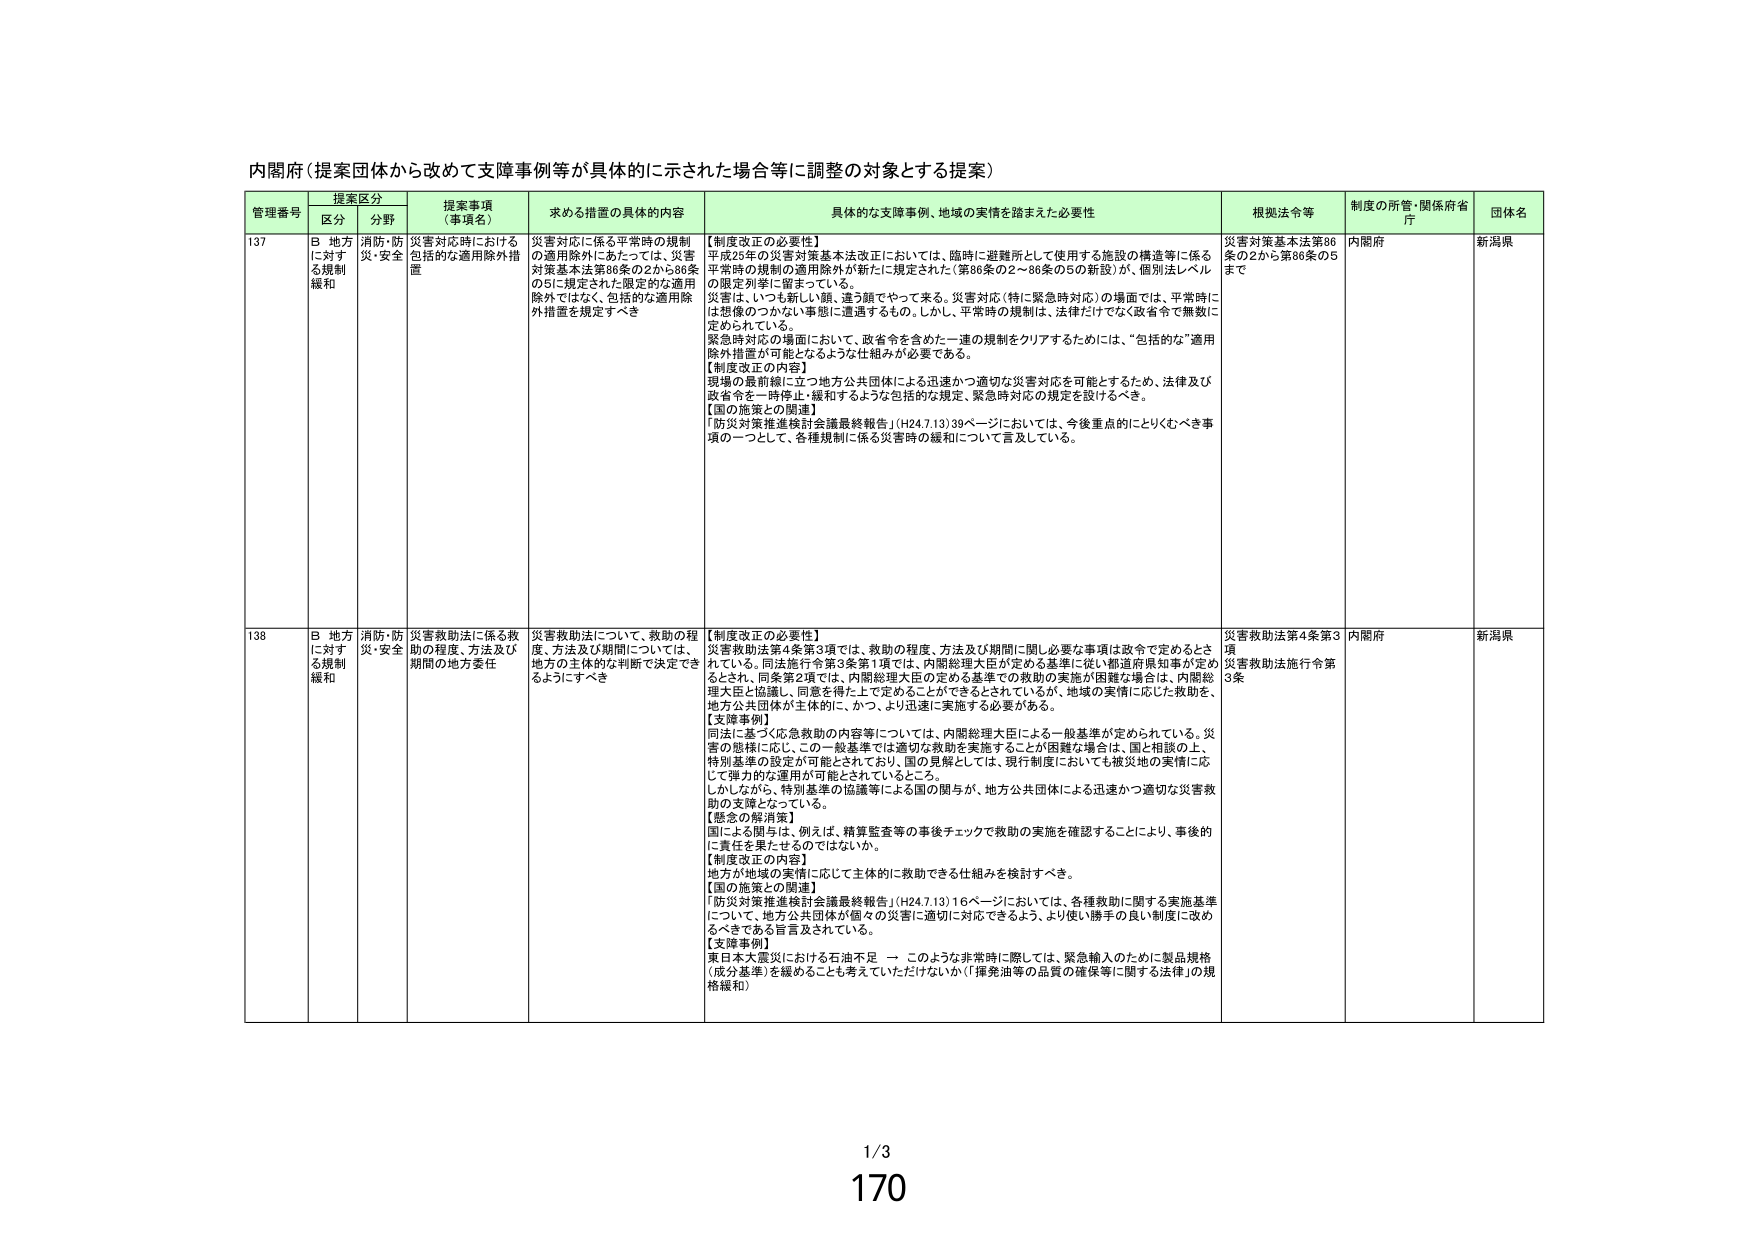
内閣府（提案団体から改めて支援事例等が具体的に示された場合等に調整の対象とする提案）

管理番号 提案区分 提案事項（事項名） 求める措置の具体的内容 具体的な支援事例、地域の実情を踏まえた必要性 根拠法令等 制度の所管・関係府省庁 団体名
区分 分野

137 B 地方に対する規制緩和 消防・防災・安全 災害対応時における包括的な適用除外措置 災害対応に係る平常時の規制の適用除外にあたっては、災害対策基本法第86条の2から86条の5に規定された限定的な適用除外ではなく、包括的な適用除外措置を規定すべき 【制度改正の必要性】
平成28年の災害対策基本法改正においては、臨時に避難所として使用する施設の構造等に係る平常時の規制の適用除外が新たに規定された（第86条の2～86条の5の新設）が、個別法レベルの限定列挙に留まっている。
災害は、いつも新しい顔、違う顔でやって来る。災害対応（特に緊急時対応）の場面では、平常時には想像のつかない事態に遭遇するもの。しかし、平常時の規制は、法律だけでなく政省令で無数に定められている。
緊急時対応の場面において、政省令を含めた一連の規制をクリアするためには、“包括的な”適用除外措置が可能となるような仕組みが必要である。
【制度改正の内容】
現場の最前線に立つ地方公共団体による迅速かつ適切な災害対応を可能とするため、法律及び政省令を一時停止・緩和するような包括的な規定、緊急時対応の規定を設けるべき。
【国の施策との関連】
「防災対策推進検討会議最終報告」（H24.7.13）39ページにおいては、今後重点的にとりくむべき事項の一つとして、各種規制に係る災害時の緩和について言及している。 災害対策基本法第86条の2から第86条の5まで 内閣府 新潟県

138 B 地方に対する規制緩和 消防・防災・安全 災害救助法に係る救助の程度、方法及び期間の地方委任 災害救助法について、救助の程度、方法及び期間については、地方の主体的な判断で決定できるようにすべき 【制度改正の必要性】
災害救助法第4条第3項では、救助の程度、方法及び期間に関し必要な事項は政令で定めるとされている。同法施行令第3条第1項では、内閣総理大臣が定める基準に従い都道府県知事が定めるときとされ、同条第2項では、内閣総理大臣の定める基準での救助の実施が困難な場合は、内閣総理大臣と協議し、同意を得た上で定めることができるとしているが、地域の実情に応じた救助を、地方公共団体が主体的に、かつ、より迅速に実施する必要がある。
【支援事例】
同法に基づく応急救助の内容等については、内閣総理大臣による一般基準が定められている。災害の態様に応じ、この一般基準では適切な救助を実施することが困難な場合は、国と相談の上、特別基準の設定が可能とされており、国の見解としては、現行制度においても被災地の実情に応じて弾力的な運用が可能とされているところ。
しかしながら、特別基準の協議等による国の関与が、地方公共団体による迅速かつ適切な災害救助の支障となっている。
【懸念の解消策】
国による関与は、例えば、精算監査等の事後チェックで救助の実施を確認することにより、事後的に責任を果たせるのではないか。
【制度改正の内容】
地方が地域の実情に応じて主体的に救助できる仕組みを検討すべき。
【国の施策との関連】
「防災対策推進検討会議最終報告」（H24.7.13）16ページにおいては、各種救助に関する実施基準について、地方公共団体が個々の災害に適切に対応できるよう、より使い勝手の良い制度に改めるべきである旨言及されている。
【支援事例】
東日本大震災における石油不足 — このような非常時に際しては、緊急輸入のために製品規格（成分基準）を緩めることも考えていただけないか（「揮発油等の品質の確保等に関する法律」の規格緩和） 災害救助法第4条第3項 災害救助法施行令第3条 内閣府 新潟県

1/3
170